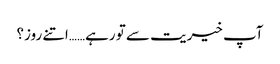
آپ خیریت سے تو رہے……اتنے روز؟